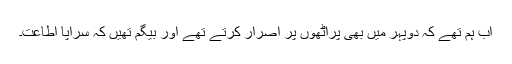
اب ہم تھے کہ دوپہر میں بھی پراٹھوں پر اصرار کرتے تھے اور بیگم تھیں کہ سراپا اطاعت۔